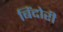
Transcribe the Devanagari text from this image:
बिंदोरी